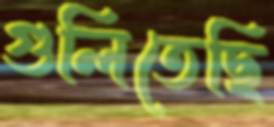
গুলিতেছি